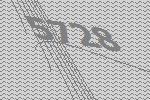
5728